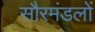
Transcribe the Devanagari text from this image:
सौरमंडलों